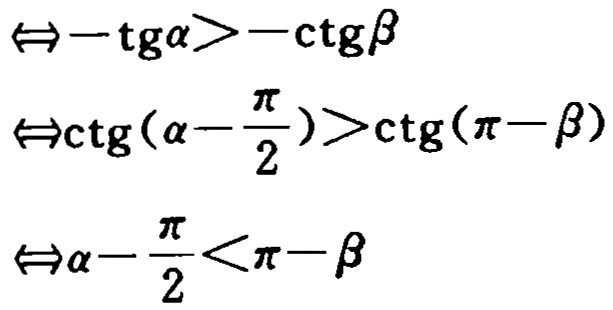
$\begin{align*}
&\Leftrightarrow -\mathrm{tg}\alpha>-\mathrm{ctg}\beta\\
&\Leftrightarrow \mathrm{ctg}(\alpha - \frac{\pi}{2})>\mathrm{ctg}(\pi - \beta)\\
&\Leftrightarrow \alpha - \frac{\pi}{2}<\pi - \beta
\end{align*}$